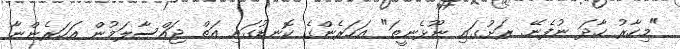
"މިހާރު ހާދަ ނުފެނޭ. ރަށުގައި ނޫޅެނީތަ" އަހަރެންގެ ކޮނޑުގައި އަތް ޖައްސާލަމުން އަހަރެންނާ